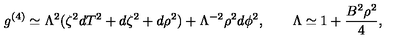
g ^ { ( 4 ) } \simeq \Lambda ^ { 2 } ( \zeta ^ { 2 } d T ^ { 2 } + d \zeta ^ { 2 } + d \rho ^ { 2 } ) + \Lambda ^ { - 2 } \rho ^ { 2 } d \phi ^ { 2 } , \qquad \Lambda \simeq 1 + \frac { B ^ { 2 } \rho ^ { 2 } } { 4 } ,